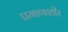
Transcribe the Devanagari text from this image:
प्रमाणशीर